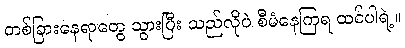
တစ်ခြားနေရာတွေ သွားပြီး သည်လိုပဲ စီမံနေကြရ ထင်ပါရဲ့။